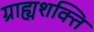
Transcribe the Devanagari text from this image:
ग्राह्यशक्ति